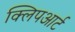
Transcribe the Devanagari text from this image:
क्लिपआर्ट